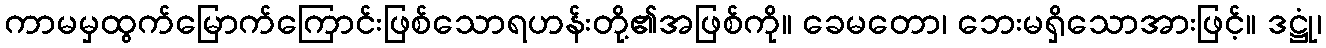
ကာမမှထွက်မြောက်ကြောင်းဖြစ်သောရဟန်းတို့၏အဖြစ်ကို။ ခေမတော၊ ဘေးမရှိသောအားဖြင့်။ ဒဋ္ဌုံ၊